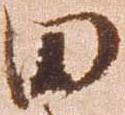
田